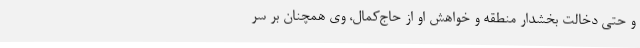
و حتی دخالت بخشدار منطقه و خواهش او از حاج‌کمال، وی همچنان بر سر